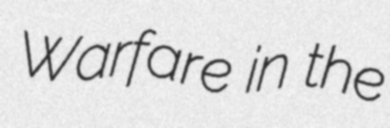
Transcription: Warfare in the